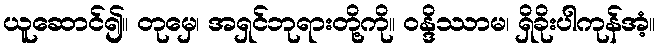
ယူဆောင်၍။ တုမှေ၊ အရှင်ဘုရားတို့ကို။ ဝန္ဒိဿာမ၊ ရှိခိုးပါကုန်အံ့။